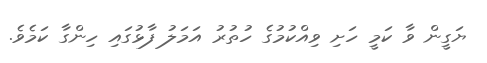
ޔަގީން ވާ ކަމީ ހަށި ވިއްކުމުގެ ހުތުރު އަމަލު ފާޅުގައި ހިންގާ ކަމެވެ.